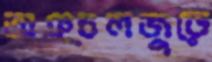
অঞ্চলজুড়ে